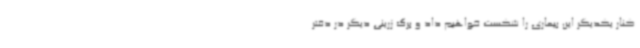
کنار یکدیگر این بیماری را شکست خواهیم داد و برگ زرینی دیگر در دفتر